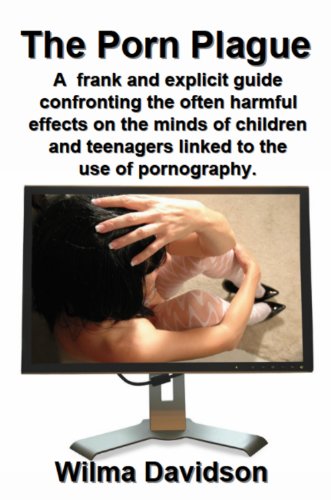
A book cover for The Porn Plague; Wilma Davidson; Teen & Young Adult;